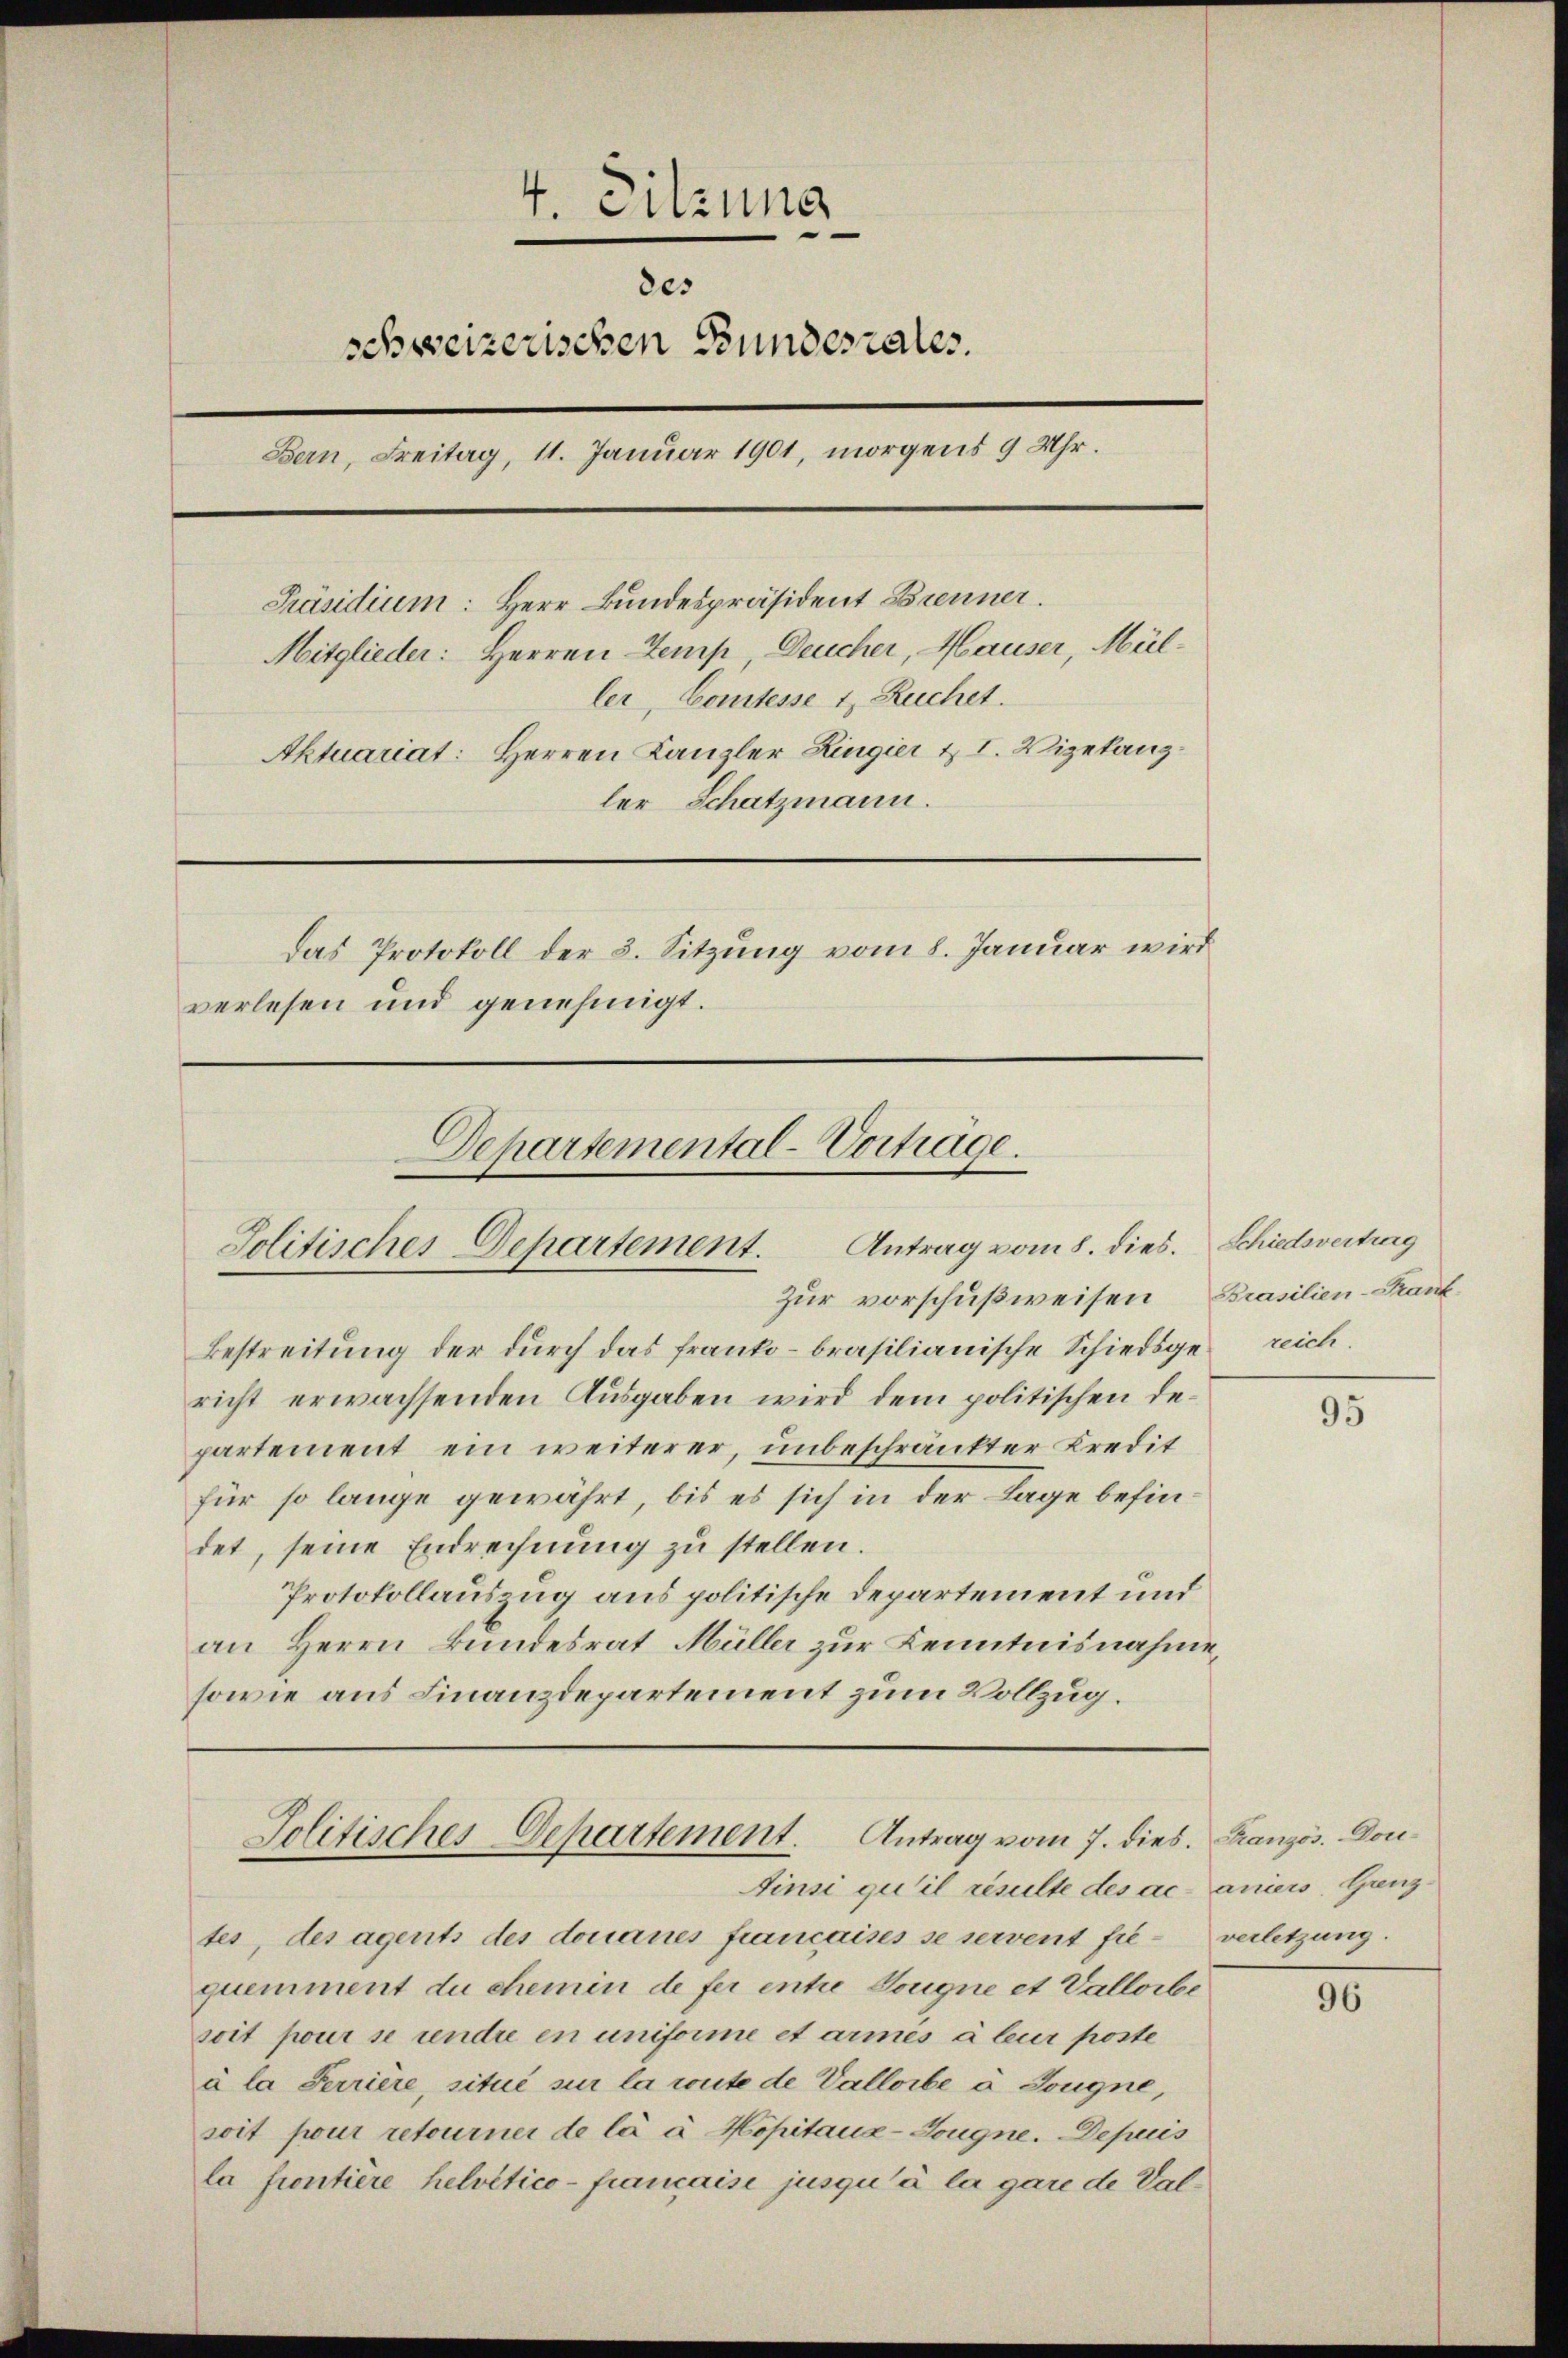
4. Sitzung
des
schweizerischen Bundesrates.
Bern, Freitag, 11. Januar 1901, morgens 9 Uhr.
Präsidium: Herr Bundespräsident Brenner.
Mitglieder: Herren Temp, Deucher, Mauser, Müller, Comtesse 1, Ruchet.
Aktuariat: Herren Kanzler Lingier & I. Vizekanzler Schatzmann.
Das Protokoll der 2. Sitzung vom 8. Januar wird
verlesen und genehmigt.

Zur vorschußweisen Brasilien-Krank
Bestreitung der durch das franko brasilianische Schiedsgericht erwachsenden Ausgaben wird dem politischen Departement ein weiterer, unbeschränkter Kredit
für so lange gewährt, bis es sich in der Lage befindet, seine Endrechnung zu stellen.
Protokollauszug aus politische Departement und
an Herrn Bundesrat Müller zur Kenntnisnahme,
sowie aus Finanzdepartement zum Vollzug.

Departemental-Vortrage.
Politisches Departement. Antrag vom 8. dies. Schiedsvertrag

tes, des agents des donanes francaises se servent fie verletzung.
quemment du chemin de fer entre Dougne et Vallorbe
soit pour se rendre en uniforme et armés à leur poste
à la Serriere, situé sur la route de Vallorbe u. Tougne,
soit pour retourner de la à Mopitaux-Gougne. Depuis
la frontière helvetico - française jusqu’à la gare de Val¬

Jolitisches Departement. Antrag vom 7. dies. Französ. Don¬
Ainsi qu’il résulte des ac-aniers. Grenz

reich.

95

96